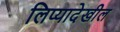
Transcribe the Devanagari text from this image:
लिप्यादेखील